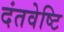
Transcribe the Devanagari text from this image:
दंतवेष्टि